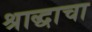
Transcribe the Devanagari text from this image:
श्राद्धाचा